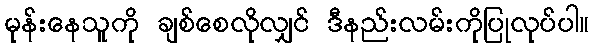
မုန်းနေသူကို ချစ်စေလိုလျှင် ဒီနည်းလမ်းကိုပြုလုပ်ပါ။